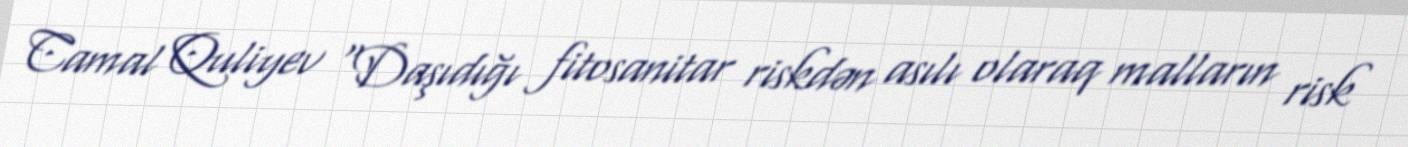
Camal Quliyev “Daşıdığı fitosanitar riskdən asılı olaraq malların risk